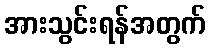
အားသွင်းရန်အတွက်